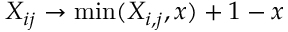
X _ { i j } \rightarrow \operatorname* { m i n } ( X _ { i , j } , x ) + 1 - x